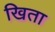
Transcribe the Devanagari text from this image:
खिता